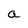
Character: a